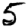
Digit: 5